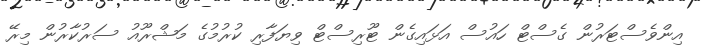
އިންވެސްޓަރުން ގެސްޓް ހައުސް އަޅައިގެން ޓޫރިސްޓް ވިޔަފާރި ކުރުމުގެ މަޝްރޫއު ސަރުކާރުން މިރޭ